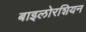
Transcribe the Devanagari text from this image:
बाइलोरशियन